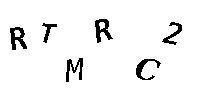
RTMRC2